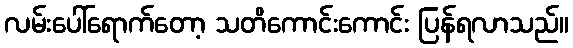
လမ်းပေါ်ရောက်တော့ သတိကောင်းကောင်း ပြန်ရလာသည်။